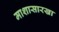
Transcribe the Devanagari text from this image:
माशासारखा